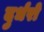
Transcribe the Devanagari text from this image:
दुर्धरो